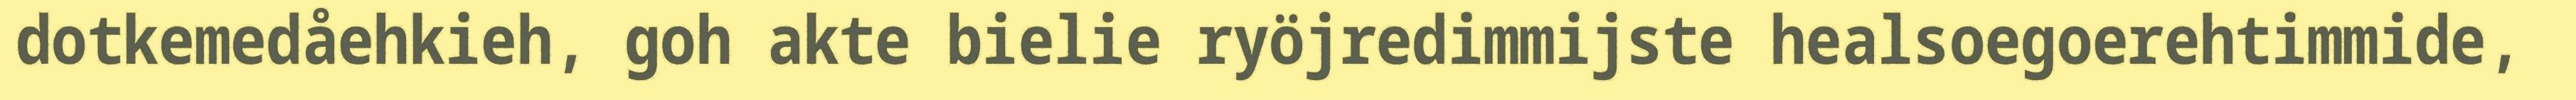
dotkemedåehkieh, goh akte bielie ryöjredimmijste healsoegoerehtimmide,